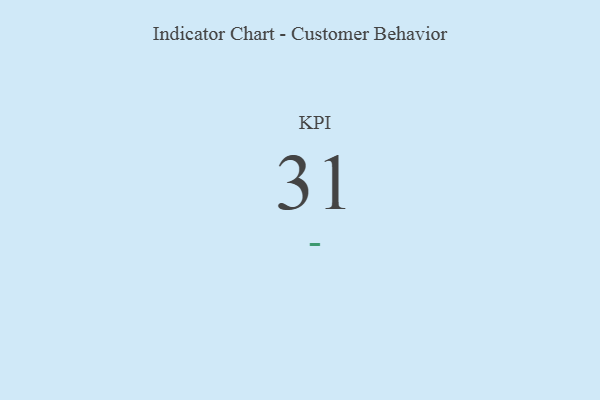
{"axis": {"x": "KPI", "y": "Value"}, "legend": [""], "data": [{"x": "KPI", "y": 31, "type": ""}]}